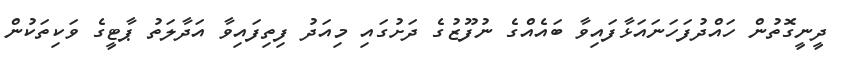
ދީނީގޮތުން ހައްދުފަހަނައަޅާފައިވާ ބައެއްގެ ނުފޫޒުގެ ދަށުގައި މިއަދު ފިތިފައިވާ އަދާލަތު ޕާޓީގެ ވަކިތަކުން